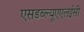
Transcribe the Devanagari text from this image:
एसडब्ल्यूएएलईसी